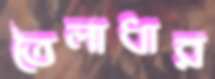
তৈলাধার